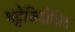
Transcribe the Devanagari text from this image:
भट्टेजिदीक्षित